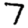
Digit: 7